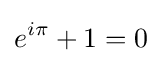
e^{i\pi }+1=0